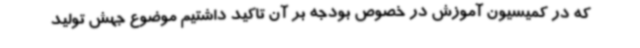
که در کمیسیون آموزش در خصوص بودجه بر آن تاکید داشتیم موضوع جهش تولید